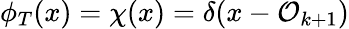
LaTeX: \phi_{T}(x)=\chi(x)=\delta(x-\mathcal{O}_{k+1})